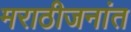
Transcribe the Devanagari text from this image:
मराठीजनांत